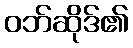
ဝဘ်ဆိုဒ်၏